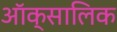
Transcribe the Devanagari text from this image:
ऑक्सालिक